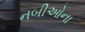
નબીઓના